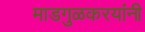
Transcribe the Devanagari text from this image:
माडगुळकरयांनी